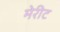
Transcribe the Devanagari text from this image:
मेरीट